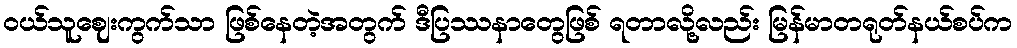
ဝယ်သူဈေးကွက်သာ ဖြစ်နေတဲ့အတွက် ဒီပြဿနာတွေဖြစ် ရတာလို့လည်း မြန်မာတရုတ်နယ်စပ်က